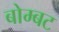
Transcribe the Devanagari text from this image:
बोम्बट